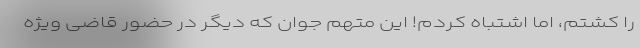
را کشتم، اما اشتباه کردم! این متهم جوان که دیگر در حضور قاضی ویژه